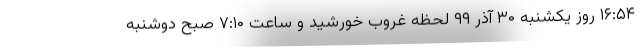
۱۶:۵۴ روز یکشنبه ۳۰ آذر ۹۹ لحظه غروب خورشید و ساعت ۷:۱۰ صبح دوشنبه